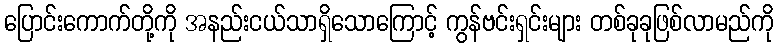
ပြောင်းကောက်တို့ကို အနည်းငယ်သာရှိသောကြောင့် ကွန်ဗင်းရှင်းများ တစ်ခုခုဖြစ်လာမည်ကို